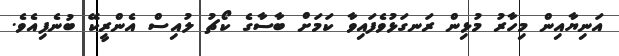
އަނިޔާއިން މިހާރު މުޅިން ރަނގަޅުވެފައިވާ ކަމަށް ބާސާގެ ކޯޗު ލުއިސް އެންރީކޭ ބުނެފިއެވެ.